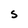
Character: S